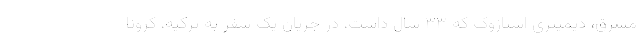
مشرق، دیمیتری استاژوک که ۳۳ سال داشت، در جریان یک سفر به ترکیه، کرونا